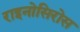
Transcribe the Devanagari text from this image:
राइनोसिरोस